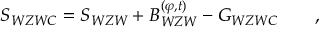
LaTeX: S _ { W Z W C } = S _ { W Z W } + { \cal B } _ { W Z W } ^ { ( \varphi , t ) } - { \cal G } _ { W Z W C } \qquad ,